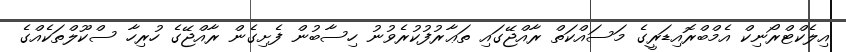
އިލެކްޓްރޯނިކް އެމްބްރޮއިޑަރީގެ މަސައްކަތް ރާއްޖޭގައި ތަޢާރުފުކުރެވުނު ހިސާބުން ފެށިގެން ރާއްޖޭގެ ހުރިހާ ސްކޫލްތަކެއްގެ